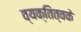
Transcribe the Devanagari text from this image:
व्यक्तित्वके